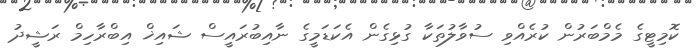
ކޮމިޓީގެ މެމްބަރުން ކުރެއްވި ސުވާލުތަކާ ގުޅިގެން އެކަޑަމީގެ ނާއިބުރައީސް ޝައިޚް އިބްރާހިމް ރަޝީދު